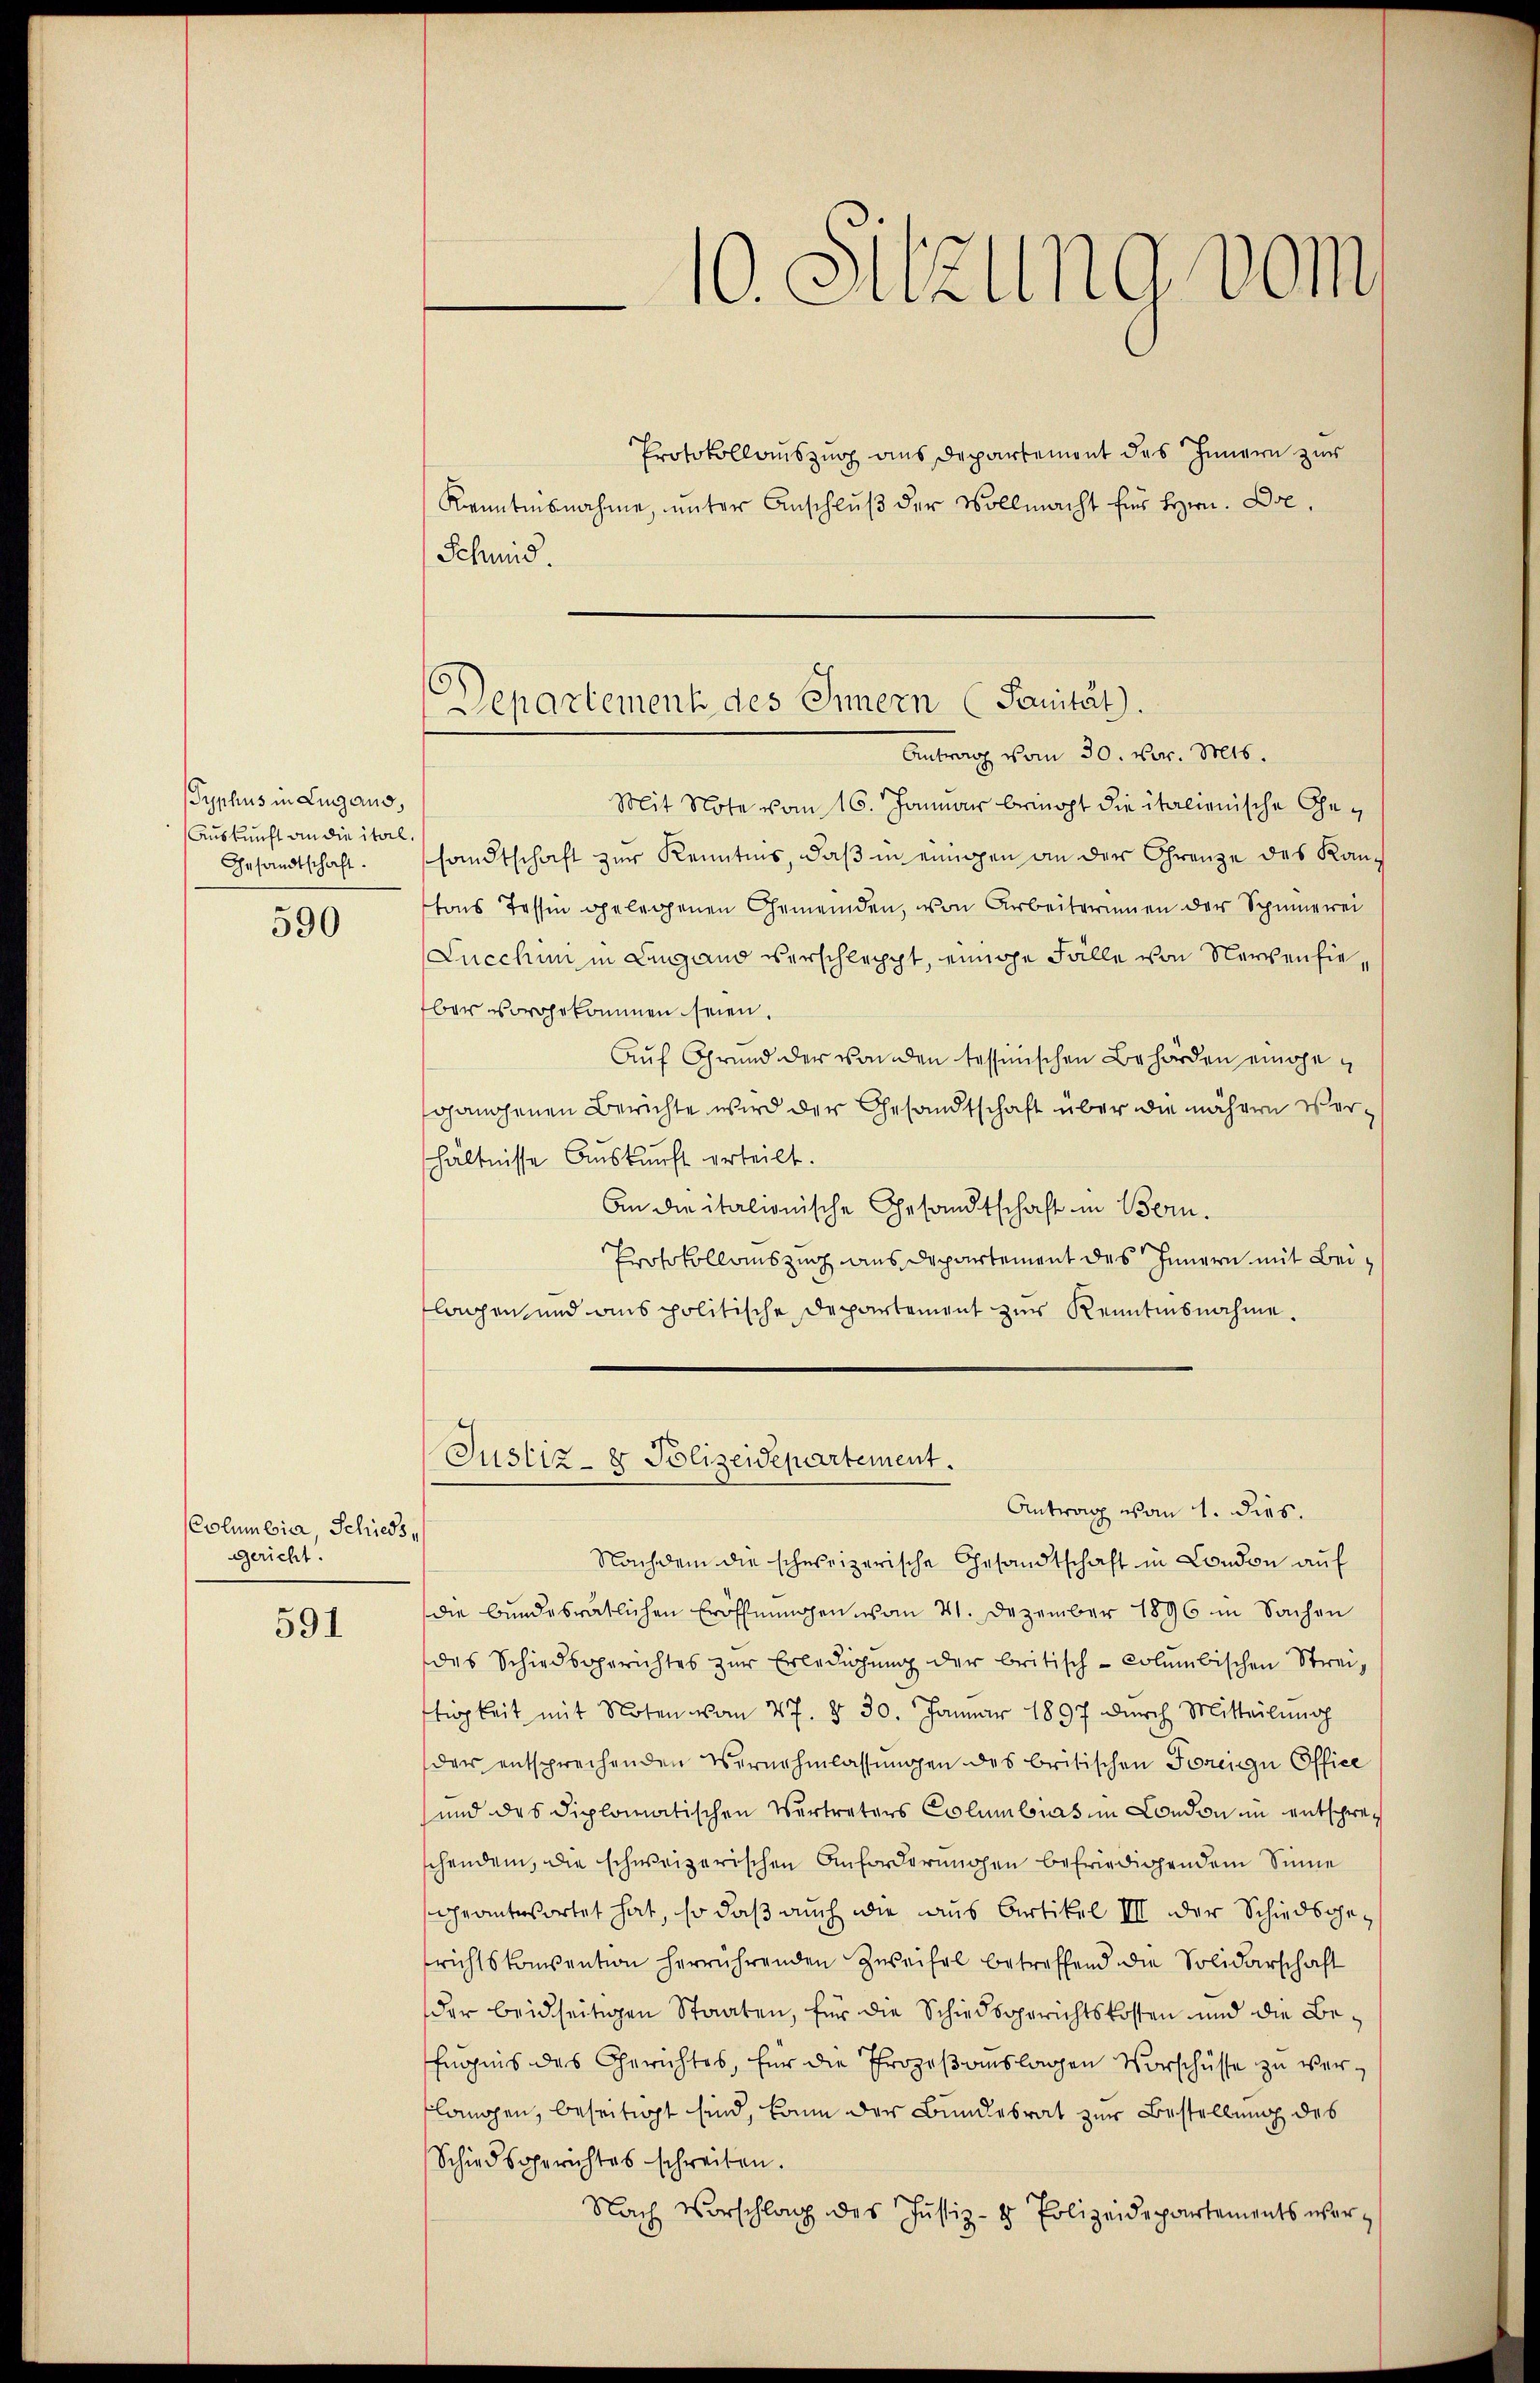
Gyphus in Lugano.
Auskunft an die ital,
Gesandtschaft.

590

Columbia, Schieds,
gericht.

591

10. Sitzung vom

Protokollauszug aus Departement des Innern zur
Kenntnisnahme, unter Anschluß der Vollmacht für Hrn. Die
Schmid.
Mit Note vom 16. Januar bringt die italienische Gesandtschaft zur Kenntnis, daß in einigen an der Grenze des Kantons Tessin gelegenen Gemeinden, von Arbeiterinnen der Schinerei
Lucchin in Lugano verschleppt, einige Fälle von Nerven hieber vorgekommen seien.
Auf Grund der Banden tessinischen Behörden eingegangenen Berichte wird der Gesandtschaft über die nähern Verhältnisse Auskunft verteilt.
An die italionische Gesandtschaft in Bern.
Protokollauszug aus Departement des Innern mit Beilagen, und aus politische Departement zur Kenntnisnahme.
Justiz- & Polizeidepartement.
Antrag von 1. dies.
Nachdem die schweizerische Gesandtschaft in London auf
die bundesrätlichen Eröffnungen vom 21. Dezember 1896 in Sachen
des Schiedsgerichtes zur Erledigung der britisch-columbischen Streiftigkeit mit Noten vom 27. d. 30. Januar 1897 dŭrch Mitteilung
der entsprechenden Vernehmlassungen des britischen Forenge Office
und das diplomatischen Vertreters Columbias in London im entschreschenden, die schweizerischen Anforderungen befriedigendem Sinne
geantwortet hat, so daß auch die aus Artikel III der Schiedsgerichtskonvention herrührenden Zweifel betreffend die Solidarschaft
der beidseitigen Staaten, für die Schiedsgerichtskosten und die Be¬
Engnis des Gerichtes, für die Prozeßauslagen Vorschüsse zu verlanchen, beseitigt sind, kann der Bundesrat zur Bestellung des
Schiedsgerichtes schreiben.
Nach Vorschlag des Justiz- & Polizeidepartements wer¬

Departement des Innern (Sanität).
Antrag vom 30. vor. Mts.